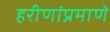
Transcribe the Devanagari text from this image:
हरीणांप्रमाणे